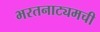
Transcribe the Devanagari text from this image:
भरतनाट्यमची